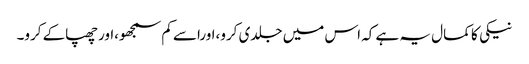
نیکی کا کمال یہ ہے کہ اس میں جلدی کرو،اوراسے کم سمجھو،اورچھپاکے کرو۔